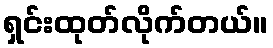
ရှင်းထုတ်လိုက်တယ်။